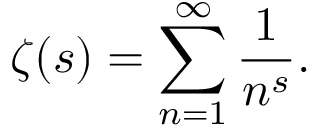
\zeta ( s ) = \sum _ { n = 1 } ^ { \infty } { \frac { 1 } { n ^ { s } } } .